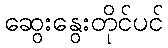
ဆွေးနွေးတိုင်ပင်